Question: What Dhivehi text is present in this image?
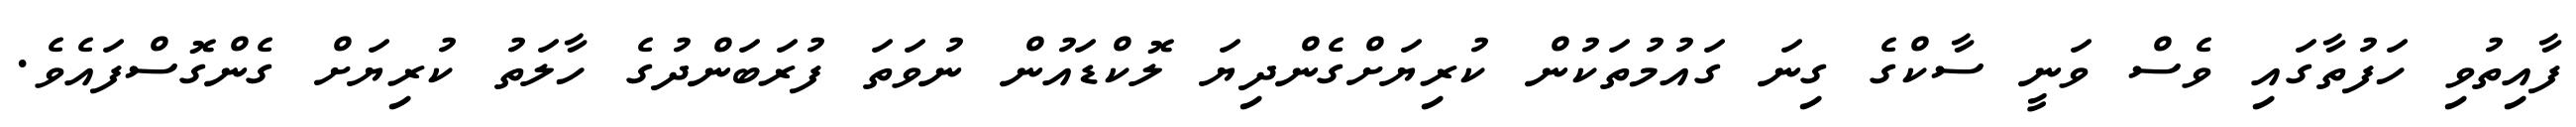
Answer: ފާއިތުވި ހަފުތާގައި ވެސް ވަނީ ސާކްގެ ގިނަ ގައުމުތަކުން ކުރިޔަށްގެންދިޔަ ލޮކްޑައުން ނުވަތަ ފުރަބަންދުގެ ހާލަތު ކުރިޔަށް ގެންގޮސްފައެވެ.